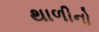
થાળીનો